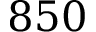
8 5 0